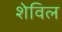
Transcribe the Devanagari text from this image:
शेविल